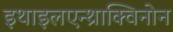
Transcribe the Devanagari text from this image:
इथाइलएन्थ्राक्विनोन